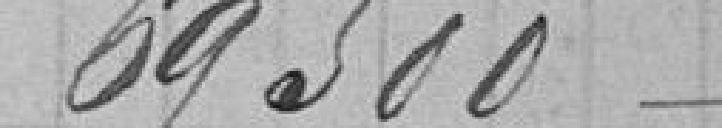
69 500